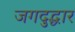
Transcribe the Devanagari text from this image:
जगदुद्धार